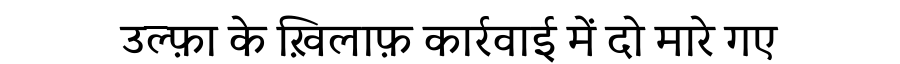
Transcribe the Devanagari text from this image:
उल्फ़ा के ख़िलाफ़ कार्रवाई में दो मारे गए